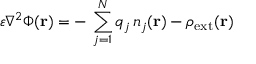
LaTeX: \varepsilon \nabla ^ { 2 } \Phi ( \mathbf { r } ) = - \, \sum _ { j = 1 } ^ { N } q _ { j } \, n _ { j } ( \mathbf { r } ) - \rho _ { \mathrm { { e x t } } } ( \mathbf { r } )